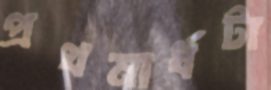
প্রথমার্ধটা